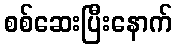
စစ်ဆေးပြီးနောက်